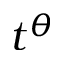
t ^ { \theta }